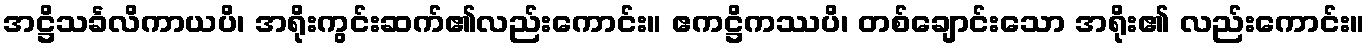
အဋ္ဌိသင်္ခလိကာယပိ၊ အရိုးကွင်းဆက်၏လည်းကောင်း။ ဧကဋ္ဌိကဿပိ၊ တစ်ချောင်းသော အရိုး၏ လည်းကောင်း။